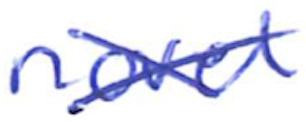
Text: novel
Cross-out: mix
Writing tool: ballpoint